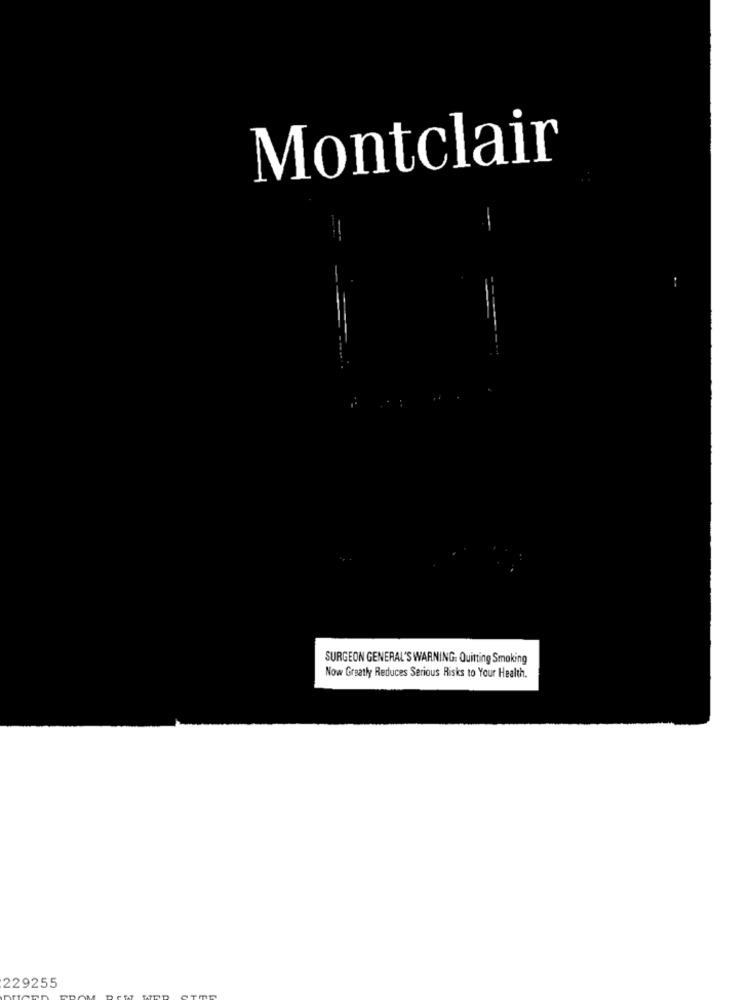
Montclair
SURGEON GENERAL'S WARNING: Quitting Smoking
Now Greatly Reduces Serious Risks to Your Health.
229255